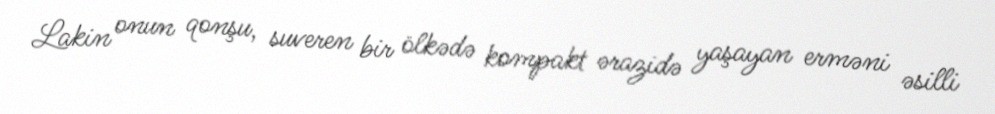
Lakin onun qonşu, suveren bir ölkədə kompakt ərazidə yaşayan erməni əsilli